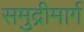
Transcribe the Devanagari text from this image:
समुद्रीमार्ग